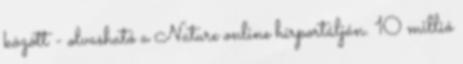
között - olvasható a Nature online hírportálján. 10 millió